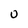
Character: 0